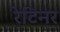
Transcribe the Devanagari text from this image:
रेटिनर